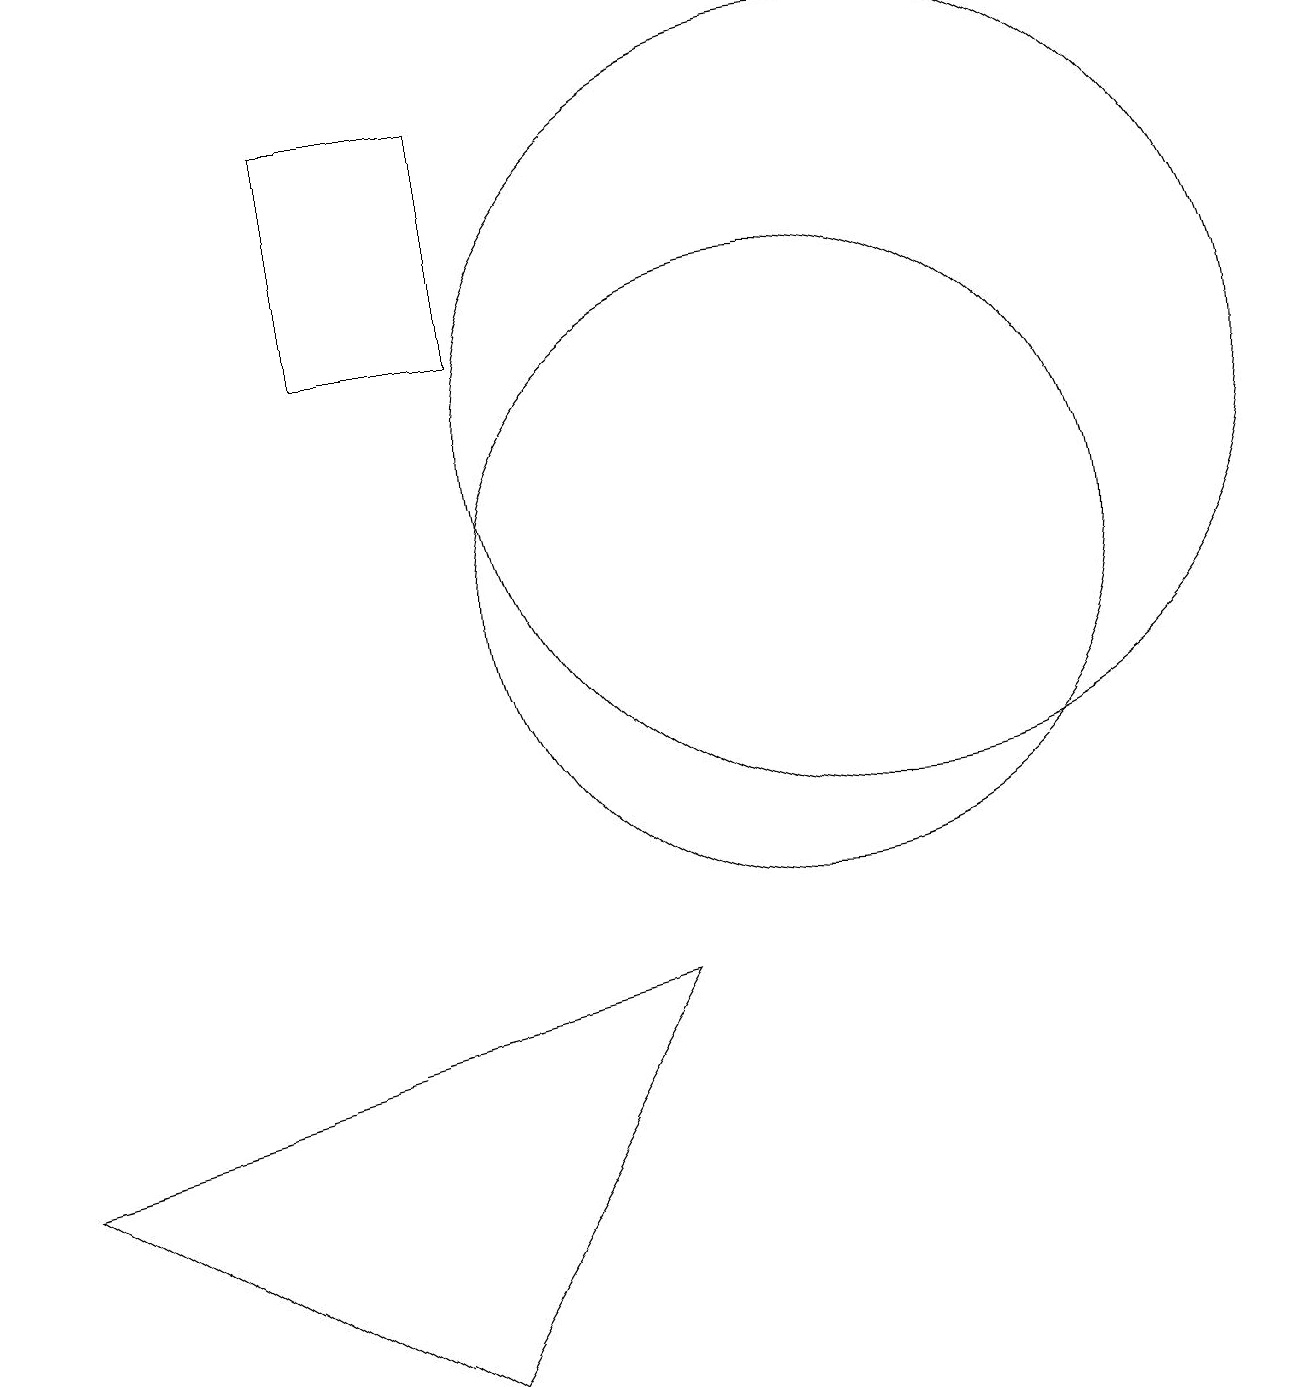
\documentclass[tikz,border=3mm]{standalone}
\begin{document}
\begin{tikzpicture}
\draw (10,10) circle (4);
\draw (4,16) rectangle (6,13);
\draw (11,12) circle (5);
\draw (0,3) -- (8,5) -- (5,0) -- cycle;
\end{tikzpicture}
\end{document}